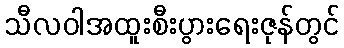
သီလဝါအထူးစီးပွားရေးဇုန်တွင်